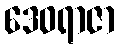
ဒေဝရာဇာ